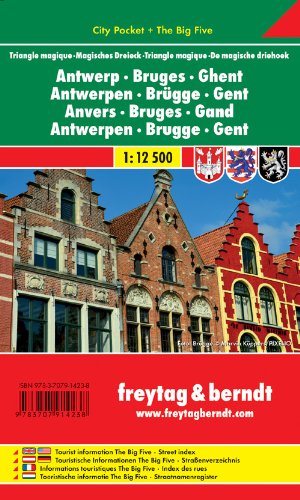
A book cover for Antwerp - Bruges - Ghent: FB City Pocket Map (English, French and German Edition); Freytag-Berndt; Travel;